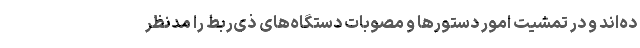
ده‌اند و در تمشیت امور دستورها و مصوبات دستگاه‌های ذی‌ربط را مدنظر